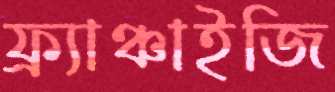
ফ্র্যাঞ্চাইজি